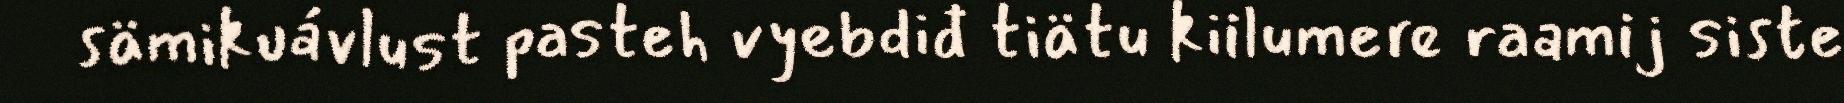
sämikuávlust pasteh vyebdiđ tiätu kiilumere raamij siste